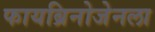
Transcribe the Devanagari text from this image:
फायब्रिनोजेनला